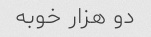
دو هزار خوبه